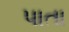
પાતા